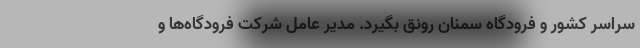
سراسر کشور و فرودگاه سمنان رونق بگیرد. مدیر عامل شرکت فرودگاه‌ها و